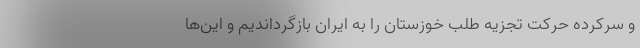
و سرکرده حرکت تجزیه طلب خوزستان را به ایران بازگرداندیم و این‌ها